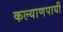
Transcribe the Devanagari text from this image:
कल्याणपायीं